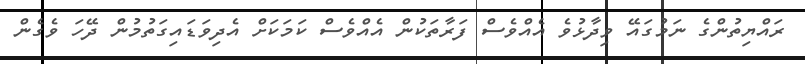
ރައްޔިތުންގެ ނަމުގައޭ ވިދާޅުވެ އެއްވެސް ފަރާތަކުން އެއްވެސް ކަމަކަށް އެދިވަޑައިގަތުމުން ދޭހަ ވެގެން